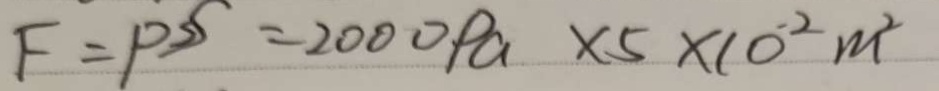
F = P S = 2 0 0 0 P a \times 5 \times 1 0 ^ { - 2 } m ^ { 2 }